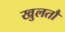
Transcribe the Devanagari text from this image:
खुलतौ